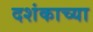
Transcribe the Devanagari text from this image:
दशंकाच्या